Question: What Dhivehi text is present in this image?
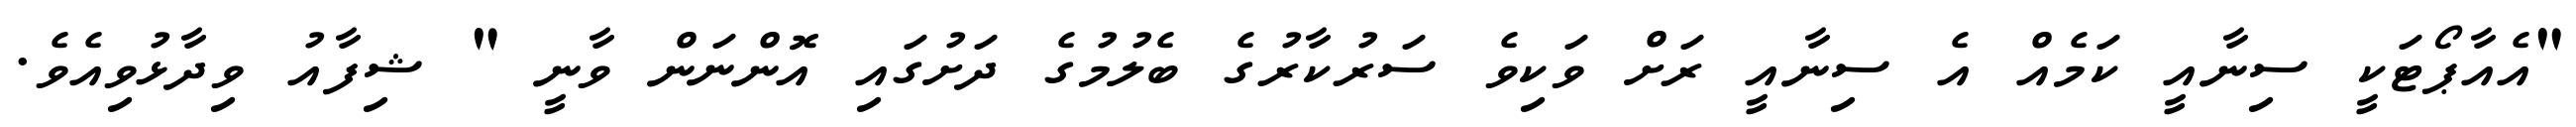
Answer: "އެއާޕޯޓަކީ ސިނާއީ ކަމެއް އެ ސިނާއީ ރަށް ވަކިވެ ސަރުކާރުގެ ބެލުމުގެ ދަށުގައި އޮންނަން ވާނީ " ޝިފާއު ވިދާޅުވިއެވެ.